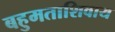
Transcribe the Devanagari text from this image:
बहुमताशिवाय